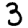
Digit: 3